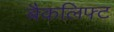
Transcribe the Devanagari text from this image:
बैकलिफ्ट